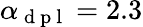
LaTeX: \alpha_{\mathrm{~d~p~l~}}=2.3